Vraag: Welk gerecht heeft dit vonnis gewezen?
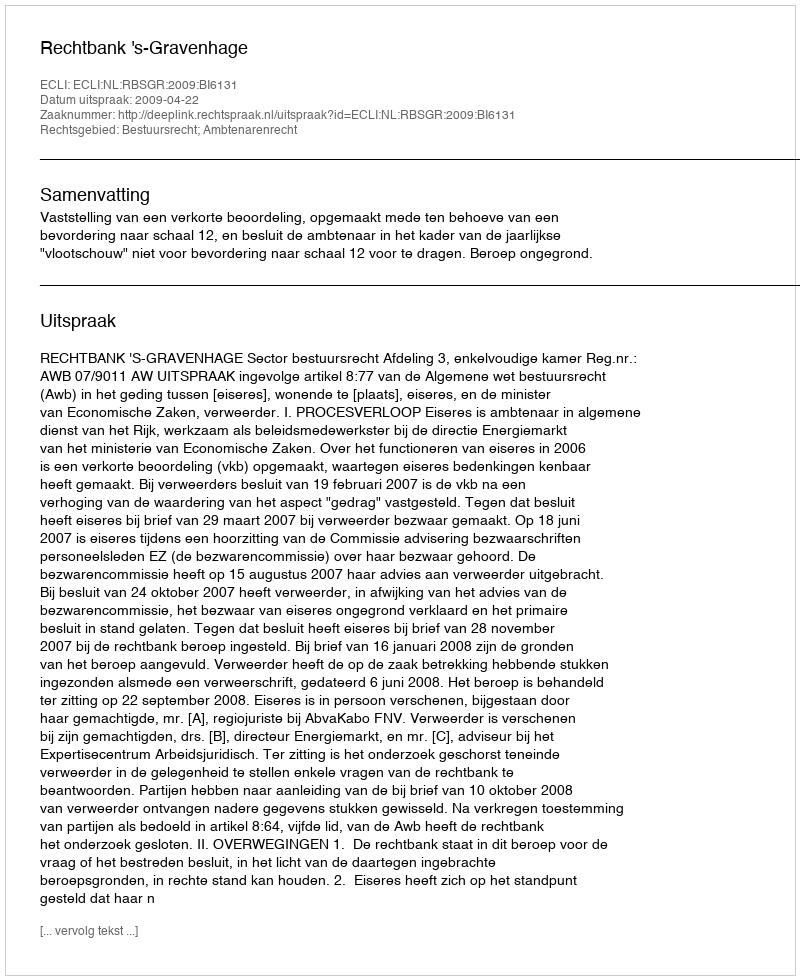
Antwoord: Rechtbank 's-Gravenhage